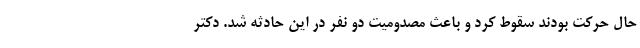
حال حرکت بودند سقوط کرد و باعث مصدومیت دو نفر در این حادثه شد. دکتر